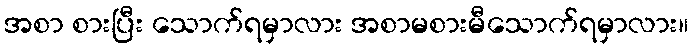
အစာ စားပြီး သောက်ရမှာလား အစာမစားမီသောက်ရမှာလား။